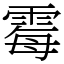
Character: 霉